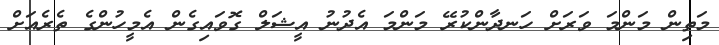
މަތިން މަންމަ ވަރަށް ހަނދާންކުރޭ މަންމަ އެދުނު އީޝަލް ގޮވައިގެން އެމީހުންގެ ތެރެއަށް